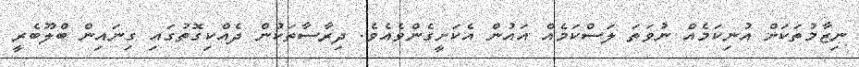
ނިޒާމުތަކަށް އުނިކަމެއް ނުވަތަ ލަސްކަމެއް އައުން އެކަށީގެންވެއެވެ. ދިރާސާތަކުން ދެއްކިގޮތުގައި ގިނައިން ބްލޫބެރީ